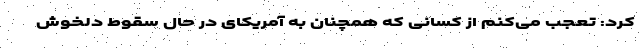
کرد: تعجب می‌کنم از کسانی که همچنان به آمریکای در حال سقوط دلخوش